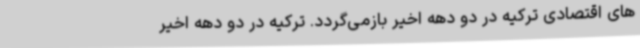
های اقتصادی ترکیه در دو دهه اخیر بازمی‌گردد. ترکیه در دو دهه اخیر